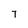
Character: 7